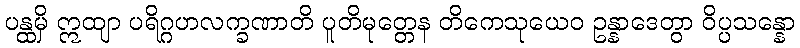
ပန္ထမှိ ဣထျာ ပရိဂ္ဂဟလက္ခဏာတိ ပူတိမုတ္တေန တိကေသုယေဝ ဥန္နာဒေတွာ ဝိပ္ပသန္နော